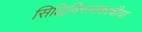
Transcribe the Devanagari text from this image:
सिद्धिविनायकाचीया